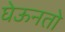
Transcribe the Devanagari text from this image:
घेऊनतो